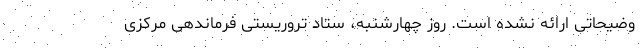
وضیحاتی ارائه نشده است. روز چهارشنبه، ستاد تروریستی فرماندهی مرکزی